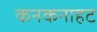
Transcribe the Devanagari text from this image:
कनकनाहट